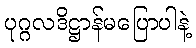
ပုဂ္ဂလဒိဋ္ဌာန်မပြောပါနဲ့